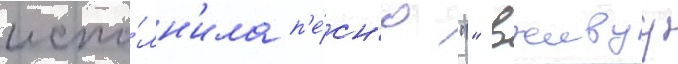
испо́лн'ила п'е́сн'ю "" вживуу